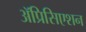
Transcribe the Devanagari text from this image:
ॲप्रिसिएशन